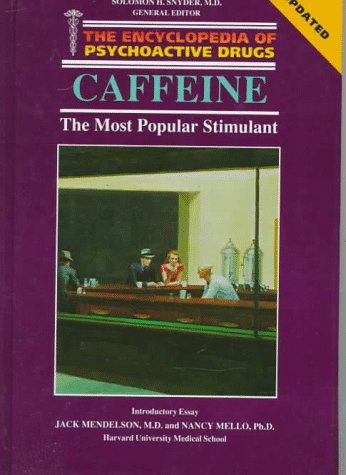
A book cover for Caffeine: The Most Popular Stimulant (Encyclopedia of Psychoactive Drugs. Series 1); Richard M. Gilbert; Health, Fitness & Dieting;